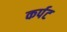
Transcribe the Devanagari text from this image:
कर्पट